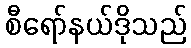
စီရော်နယ်ဒိုသည်